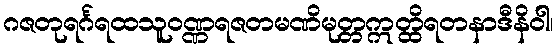
ဂဇတုရင်္ဂရထသူဝဏ္ဏရဇတမဏိမုတ္တဣတ္ထိရတနာဒီနိဝါ၊